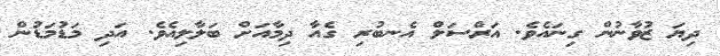
ދިޔަ ޒުވާނުން ގިނައެވެ. އަރްސަލް އެނބުރި ގެއާ ދިމާއަށް ބަލާލިއެވެ. އަދި މަޑުމަޑުން